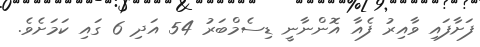
ފަށާފައި ވާއިރު ފެއާ އޮންނާނީ ޑިސެމްބަރު 54 އަދި 6 ގައި ކަމަށެވެ.